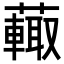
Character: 𧁍